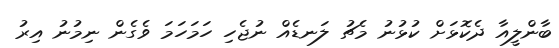
ބާންލީއާ ދެކޮޅަށް ކުޅުނު މެޗު ލަނޑެއް ނުޖެހި ހަމަހަމަ ވެގެން ނިމުނު އިރު